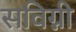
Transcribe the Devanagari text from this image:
सविग्नी